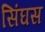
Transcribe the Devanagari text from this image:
सिंघस